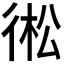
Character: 𢔋